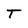
Character: T